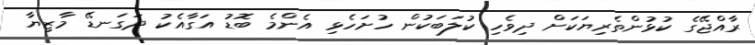
ރާއްޖޭގެ ކުޅުންތެރިޔަކަށް ދިވެހި ކުލަބަކުން ހުށަހެޅި އެންމެ ބޮޑު އަގާއެކު ދަގަނޑޭ މާޒިޔާ